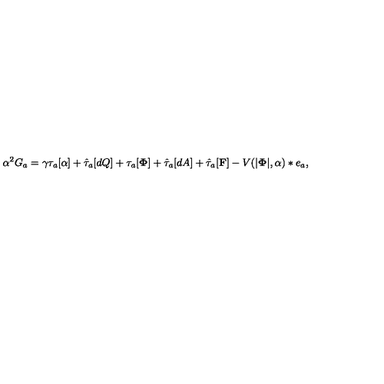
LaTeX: \alpha ^ { 2 } G _ { a } = \gamma \tau _ { a } [ \alpha ] + \hat { \tau } _ { a } [ d Q ] + \tau _ { a } [ { \bf \Phi } ] + \hat { \tau } _ { a } [ d A ] + \hat { \tau } _ { a } [ { \bf F } ] - V ( | { \bf \Phi } | , \alpha ) * e _ { a } ,